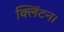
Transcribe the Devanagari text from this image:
क्लिंटन।